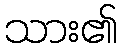
သား၏